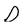
Character: D